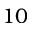
1 0